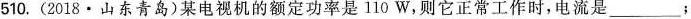
510.(2018\cdot 山东青岛)某电视机的额定功率是110W，则它正常工作时，电流是___；